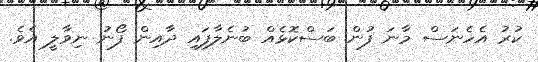
ކުރު އެހެނަސް މާނަ ފުން ބަސްކޮޅެއް ބުނެލާފައި ދާއިން ފޯނު ނިވާލީ އެވެ.